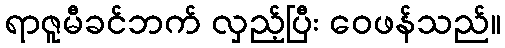
ရာဇူမီခင်ဘက် လှည့်ပြီး ဝေဖန်သည်။